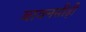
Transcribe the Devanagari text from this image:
बावनसीढ़ी